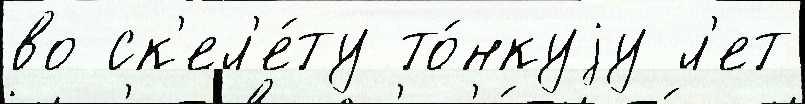
во ск'ел'е́ту то́нкуjу л'ет